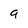
Character: g